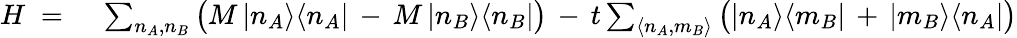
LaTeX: \begin{array}{rl}{H\; =\; }&{{}\sum_{n_{A},n_{B}}\big(M\, |n_{A}\rangle\langle n_{A}|\, -\, M\, |n_{B}\rangle\langle n_{B}|\big)\, -\, t\sum_{\langle n_{A},m_{B}\rangle}\big(|n_{A}\rangle\langle m_{B}|\, +\, |m_{B}\rangle\langle n_{A}|\big)}\end{array}